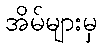
အိမ်များမှ